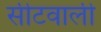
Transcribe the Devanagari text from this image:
सीटवाली